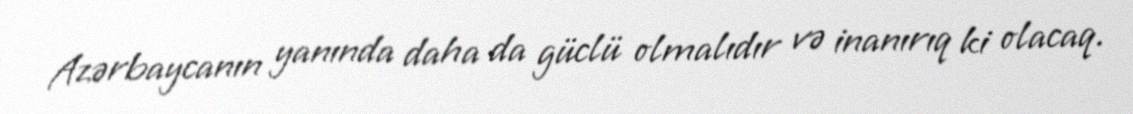
Azərbaycanın yanında daha da güclü olmalıdır və inanırıq ki olacaq.